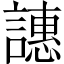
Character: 譓